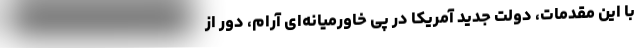
با این مقدمات، دولتِ جدیدِ آمریکا در پی خاورمیانه‌ای آرام، دور از